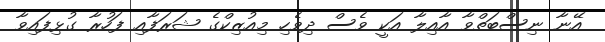
އޭނާ ނިސްބަތްވާ އާއިލާ އަކީ ވެސް ދިވެހި މިއުޒިކްގެ ޝަރަފާއި ފަހުރާ ގުޅިފައިވާ